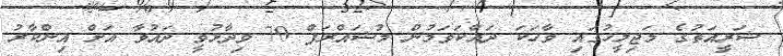
ޝަރީއަތުގެ މަޖިލީހުގައި ވާހަކަ ދައްކަވަމުން މުޝައްރަފް 70 ވިދާޅުވީ ދައުވާ އަށް އިންކާރު